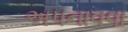
અપનાવવા